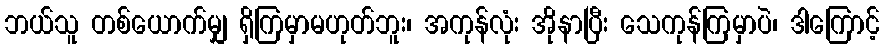
ဘယ်သူ တစ်ယောက်မျှ ရှိကြမှာမဟုတ်ဘူး၊ အကုန်လုံး အိုနာပြီး သေကုန်ကြမှာပဲ၊ ဒါကြောင့်